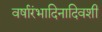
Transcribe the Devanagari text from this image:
वर्षारंभादिनादिवशी